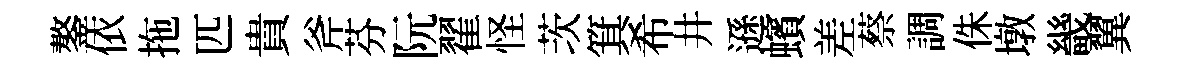
鏊依拖匹貴斧芬阮翟怪茨箕希井遜蠙差蔡調侏墩畿翼